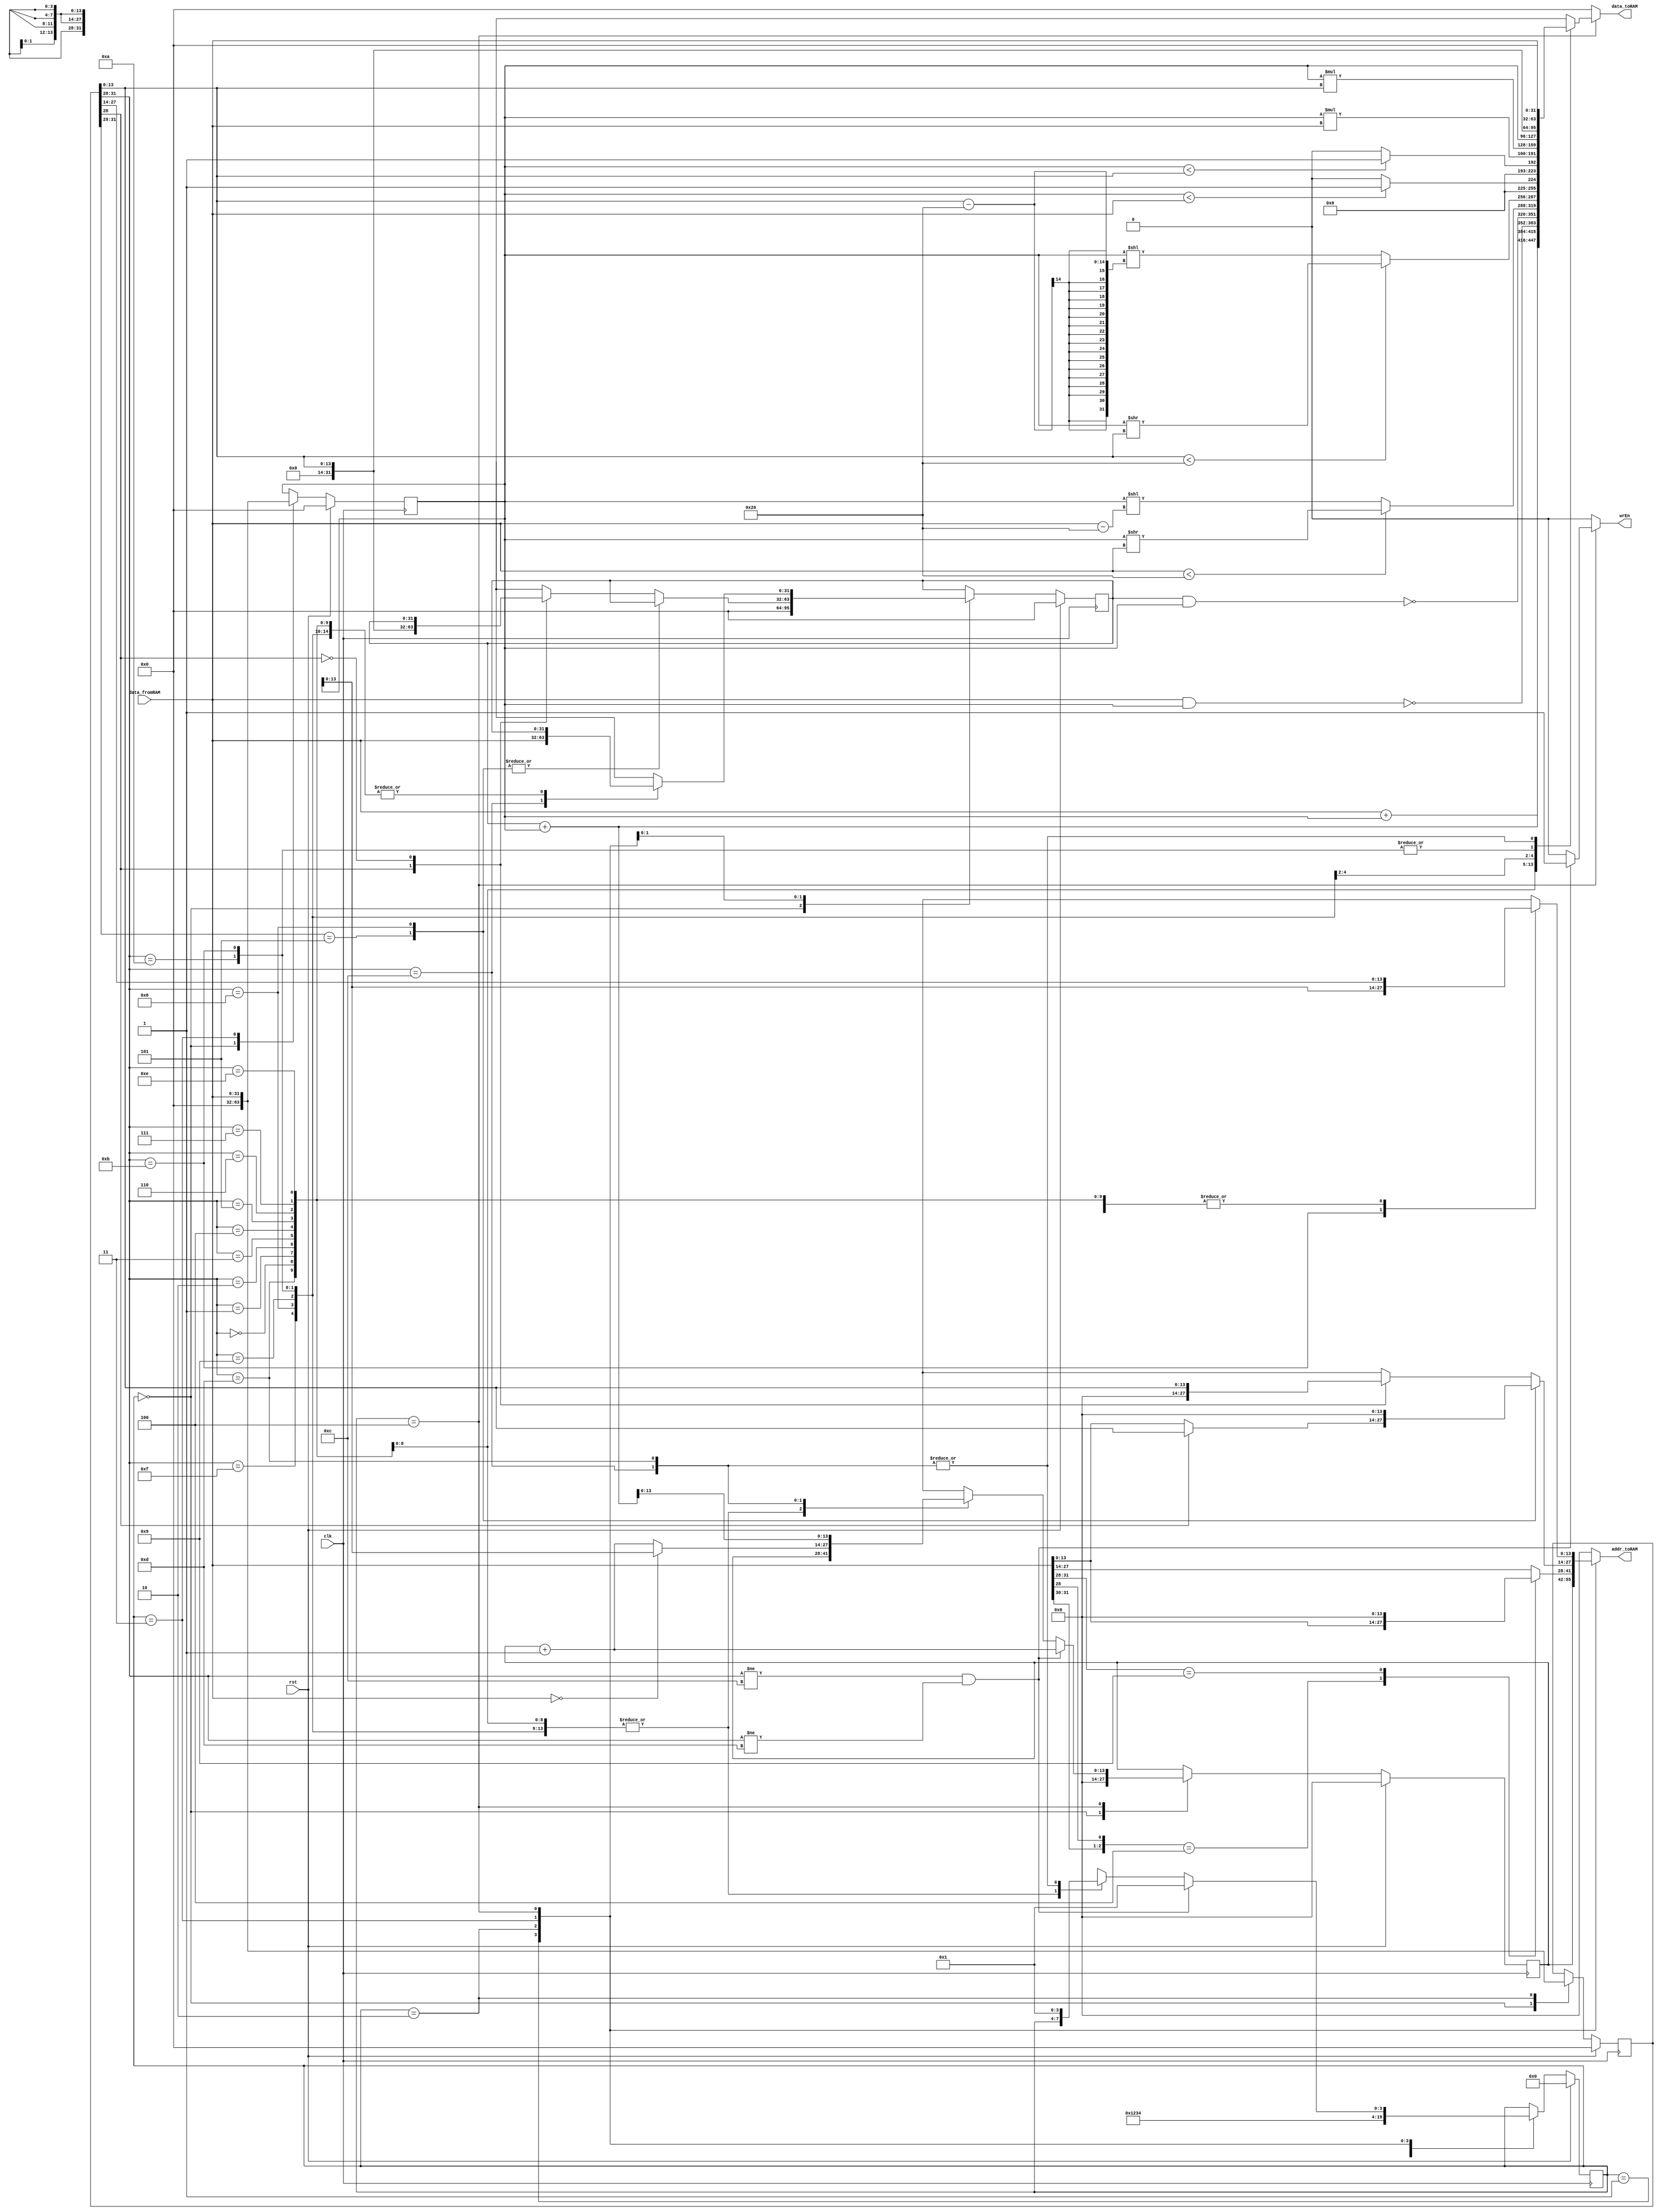
`timescale 1ns / 1ps

module VerySimpleCPU(clk,rst,data_fromRAM,wrEn,addr_toRAM,data_toRAM);

parameter SIZE  = 14;

input clk,rst;
input wire [31:0] data_fromRAM;
output reg wrEn;
output reg [SIZE-1:0] addr_toRAM;
output reg [31:0] data_toRAM;

reg [3:0] state_current, state_next;
reg[SIZE-1:0] pc_current , pc_next ; 
reg[31:0] iw_current , iw_next ;
reg[31:0] r1_current , r1_next ;
reg[31:0] r2_current , r2_next;

always@(posedge clk)begin 
	if(rst)begin
		state_current <= 0; 
		pc_current <= 14'b0 ; 
		iw_current <= 32'b0 ; 
		r1_current <= 32'b0 ; 
		r2_current <= 32'b0 ;
	end 
	else begin
		state_current <= state_next ; 
		pc_current  	<= pc_next ;
		iw_current  	<= iw_next ; 
		r1_current 		<= r1_next ;
		r2_current 		<= r2_next ;
	end 
end
always@(*)begin
	state_next = state_current ; 
	pc_next  =  pc_current ; 
	iw_next =   iw_current  ; 
	r1_next =  r1_current ; 
	r2_next = r2_current ;
	wrEn = 0;
	addr_toRAM = 0;
	data_toRAM = 0; 
	case(state_current)
		0:begin
			pc_next = 0;
			iw_next = 0;
			r1_next = 0;
			r2_next = 0;
			state_next = 1; 
		end
		1:begin
			addr_toRAM = pc_current ;
			state_next = 2;
		end 
		2:begin
			iw_next = data_fromRAM; 
			casex(data_fromRAM[31:28])
				default:begin
					pc_next = pc_current ; 
					state_next = 1;
				end 
				{3'b10X,1'b0}:begin
					addr_toRAM=data_fromRAM[13:0] ;
					state_next = 3;
				end
				{3'b100,1'b1} : begin
					state_next = 3;
				end 
				{3'bXXX,1'bX}: begin
					addr_toRAM = data_fromRAM[27:14];
					state_next = 3;
				end
			endcase
		end 
		3:begin
			casex(iw_current[31:28])
				 {3'b101,1'bX}: begin
					 r1_next = data_fromRAM ;
					 if(iw_current[28])
						addr_toRAM=iw_current[13:0];
					 else 
						addr_toRAM=r1_next;
				end
				 {3'b100,1'b0}:begin
				 r1_next=data_fromRAM;
				end
				 {3'bXXX,1'b1} : begin 
					r1_next = data_fromRAM ;
					r2_next=iw_current[13:0];
				end
				{3'bXXX,1'b0} : begin 
					r1_next = data_fromRAM ;
					addr_toRAM=iw_current[13:0];
				end
			endcase
			state_next = 4;
		end 
		4:begin
			addr_toRAM = iw_current[27:14];
			//$display("pc:%d",pc_current);
			case(iw_current[31:28])
				{3'b000,1'b0}:begin 
					data_toRAM = data_fromRAM + r1_current ;  //ADD
				end
				{3'b000,1'b1}:begin 
					data_toRAM = r2_current+ r1_current ;  //ADDi
				end
				{3'b001,1'b0}:begin 
					data_toRAM = ~(data_fromRAM & r1_current) ;  //NAND
				end
				{3'b001,1'b1}:begin 
					data_toRAM = ~(r2_current & r1_current) ;  //NANDi
				end
				{3'b010,1'b0}:begin 
					data_toRAM = (data_fromRAM  < 32) ? ( r1_current>> data_fromRAM ) : (r1_current << (data_fromRAM -32)) ; //SRL
				end
				{3'b010,1'b1}:begin 
					data_toRAM = (iw_current[13:0]  < 32) ? ( r1_current>> iw_current[13:0] ) : (r1_current << (iw_current[13:0] -32)) ;  //SRLi
				end
				{3'b011,1'b0}:begin 
					data_toRAM = (r1_current < data_fromRAM) ? 1 : 0 ;  //LT
				end
				{3'b011,1'b1}:begin 
					data_toRAM = (r1_current < iw_current[13:0]) ? 1 : 0 ;   //LTi
				end
				{3'b111,1'b0}:begin 
					data_toRAM = (r1_current* data_fromRAM) ;  //MUL
				end
				{3'b111,1'b1}:begin 
					data_toRAM = (r1_current* iw_current[13:0]) ;  //MULi
				end
				{3'b100,1'b0} :begin 
					data_toRAM = r1_current;  //CP
				end
				{3'b100,1'b1}:begin 
					data_toRAM = iw_current[13:0];  //CPi 
				end
				{3'b101,1'b0} :begin 
					data_toRAM = data_fromRAM;  //CPI
				end
				{3'b101,1'b1}:begin 
					addr_toRAM=r1_current;
					data_toRAM = data_fromRAM ; //CPIi
				end
				{3'b110,1'b0}:begin 
					r2_next=data_fromRAM;
					pc_next = (r2_next == 0) ? r1_current : (pc_current + 1); //BZJ 
					state_next=1;
				end
				{3'b110,1'b1}:begin 
					pc_next = r2_current+r1_current; //BZJi
					state_next=1;
				end
			endcase
			if(iw_current[31:28]!=4'b1100 && iw_current[31:28]!=4'b1101) begin
				state_next = 1;
				pc_next = pc_current + 1'b1 ;
				wrEn = 1;
			end
		end
		endcase
	end
endmodule